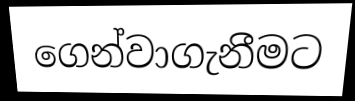
ගෙන්වාගැනීමට